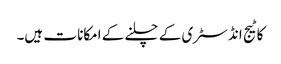
کاٹیج انڈسٹری کے چلنے کے امکانا ت ہیں۔